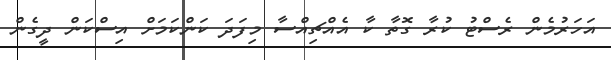
އަހަރުމެން ރެސްޓު ކުރާ ގޮތާ ކާ އެއްޗިއްސާ މިފަދަ ކަންކަމަށް އިސްކަން ދީގެން